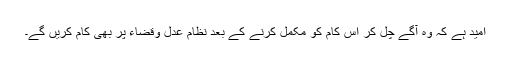
اُمید ہے کہ وہ آگے چل کر اس کام کو مکمل کرنے کے بعد نظام عدل وقضاء پر بھی کام کریں گے۔